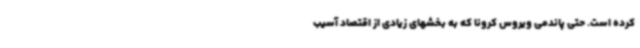
کرده است. حتی پاندمی ویروس کرونا که به بخشهای زیادی از اقتصاد آسیب